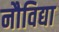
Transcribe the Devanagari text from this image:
नौविद्या